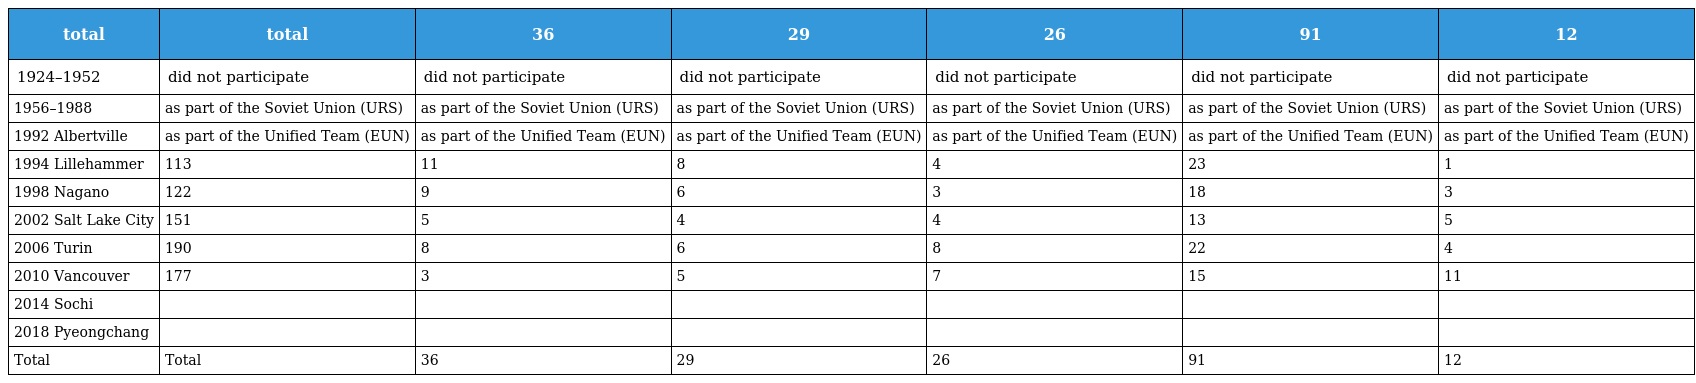
| total | total | 36 | 29 | 26 | 91 | 12 |
 | --- | --- | --- | --- | --- | --- | --- |
 | 1924–1952 | did not participate | did not participate | did not participate | did not participate | did not participate | did not participate |
 | 1956–1988 | as part of the Soviet Union (URS) | as part of the Soviet Union (URS) | as part of the Soviet Union (URS) | as part of the Soviet Union (URS) | as part of the Soviet Union (URS) | as part of the Soviet Union (URS) |
 | 1992 Albertville | as part of the Unified Team (EUN) | as part of the Unified Team (EUN) | as part of the Unified Team (EUN) | as part of the Unified Team (EUN) | as part of the Unified Team (EUN) | as part of the Unified Team (EUN) |
 | 1994 Lillehammer | 113 | 11 | 8 | 4 | 23 | 1 |
 | 1998 Nagano | 122 | 9 | 6 | 3 | 18 | 3 |
 | 2002 Salt Lake City | 151 | 5 | 4 | 4 | 13 | 5 |
 | 2006 Turin | 190 | 8 | 6 | 8 | 22 | 4 |
 | 2010 Vancouver | 177 | 3 | 5 | 7 | 15 | 11 |
 | 2014 Sochi |  |  |  |  |  |  |
 | 2018 Pyeongchang |  |  |  |  |  |  |
 | Total | Total | 36 | 29 | 26 | 91 | 12 |